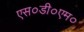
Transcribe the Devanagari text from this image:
एस०डी०एम०